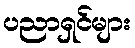
ပညာရှင်များ